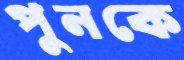
পুনকে